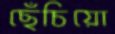
ছেঁচিয়ো